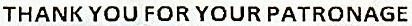
THANK YOU FOR YOUR PATRONAGE